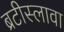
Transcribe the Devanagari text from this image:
ब्रटीस्लावा